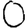
Digit: 0